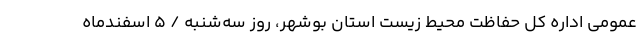
عمومی اداره کل حفاظت محیط زیست استان بوشهر، روز سه‌شنبه / ۵ اسفندماه